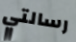
رسالتي